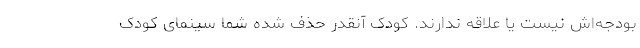
بودجه‌اش نیست یا علاقه ندارند. کودک آنقدر حذف شده شما سینمای کودک